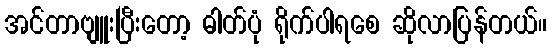
အင်တာဗျူးပြီးတော့ ဓါတ်ပုံ ရိုက်ပါရစေ ဆိုလာပြန်တယ်။